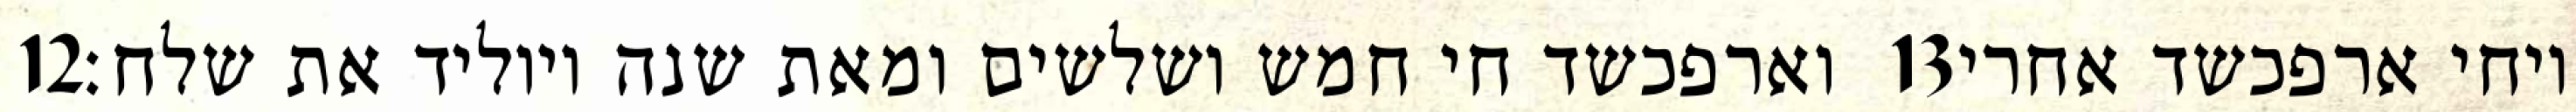
‎12‏ וארפכשד חי חמש ושלשים ומאת שנה ויוליד את שלח׃ ‎13‏ ויחי ארפכשד אחרי